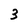
Character: 3